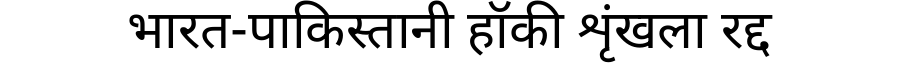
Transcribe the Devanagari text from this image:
भारत-पाकिस्तानी हॉकी शृंखला रद्द